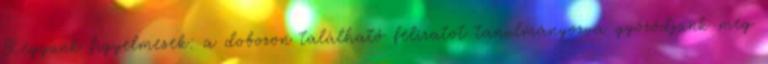
Legyünk figyelmesek: a dobozon található feliratot tanulmányozva győződjünk meg